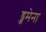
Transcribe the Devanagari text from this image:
ड्जमेना